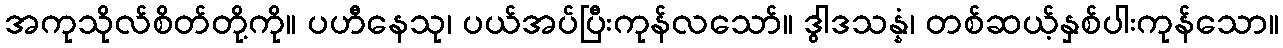
အကုသိုလ်စိတ်တို့ကို။ ပဟီနေသု၊ ပယ်အပ်ပြီးကုန်လသော်။ ဒွါဒသန္နံ၊ တစ်ဆယ့်နှစ်ပါးကုန်သော။